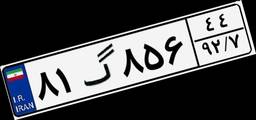
۸۱گ۸۵۶۴۴